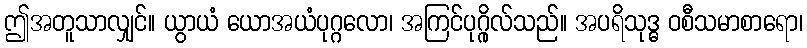
ဤအတူသာလျှင်။ ယွာယံ ယောအယံပုဂ္ဂလော၊ အကြင်ပုဂ္ဂိုလ်သည်။ အပရိသုဒ္ဓ ဝစီသမာစာရော၊